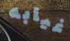
غيابه